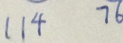
1 1 4 7 6